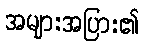
အများအပြား၏